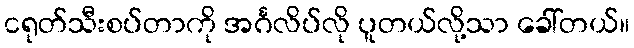
ငရုတ်သီးစပ်တာကို အင်္ဂလိပ်လို ပူတယ်လို့သာ ခေါ်တယ်။